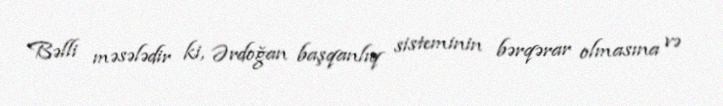
Bəlli məsələdir ki, Ərdoğan başqanlıq sisteminin bərqərar olmasına və